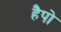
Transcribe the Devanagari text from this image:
हैपो